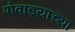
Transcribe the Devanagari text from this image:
पोवाड्यांच्या